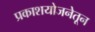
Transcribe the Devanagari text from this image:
प्रकाशयोजनेतून